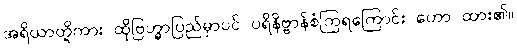
အရိယာတို့ကား ထိုဗြဟ္မာပြည်မှာပင် ပရိနိဗ္ဗာန်စံကြရကြောင်း ဟော ထား၏။